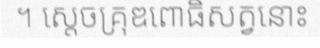
។ ស្តេចគ្រុឌពោធិសត្វនោះ